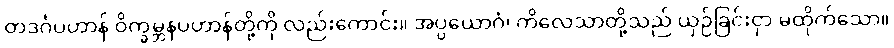
တဒင်္ဂပဟာန် ဝိက္ခမ္ဘနပဟာန်တို့ကို လည်းကောင်း။ အပ္ပယောဂံ၊ ကိလေသာတို့သည် ယှဉ်ခြင်းငှာ မထိုက်သော။